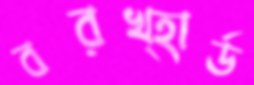
বরখ্হার্ড